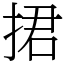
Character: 捃